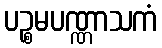
ပဉ္စမပဏ္ဏာသကံ